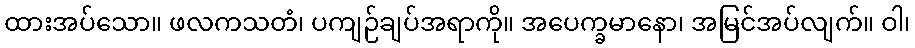
ထားအပ်သော။ ဖလကသတံ၊ ပကျဉ်ချပ်အရာကို။ အပေက္ခမာနော၊ အမြင်အပ်လျက်။ ဝါ၊